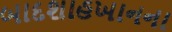
બાદશાહખાનના